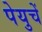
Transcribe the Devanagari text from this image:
पेयुचें